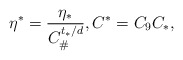
\begin{align*}\eta^* = \frac{\eta_*}{C_\#^{t_*/d}},C^* = C_9 C_*,\end{align*}